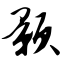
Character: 颢